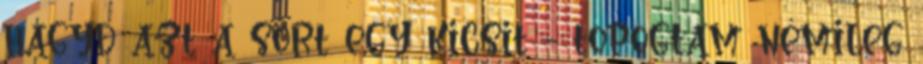
hagyd azt a sört egy kicsit - topogtam némileg